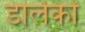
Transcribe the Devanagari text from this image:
डालेकों